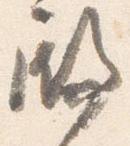
殿